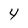
Character: 4